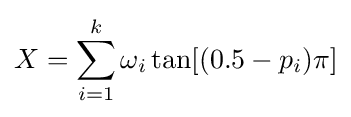
X=\sum _{i=1}^{k}\omega _{i}\tan[(0.5-p_{i})\pi ]